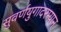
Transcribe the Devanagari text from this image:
सुवर्णयुगादरम्यान